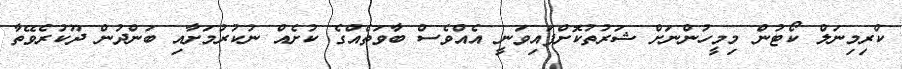
ކްރިމިނަލް ކޯޓުން މިމީހުންނަށް ޝަރުތުކޮށްފައިވަނީ އެއްވެސް ބާވަތެއްގެ ކުށެއް ނުކުރުމަށާއި ބަންދުން ދޫކުރެވޭތާ